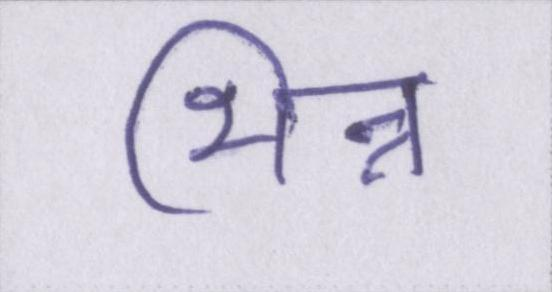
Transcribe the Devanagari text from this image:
भिन्न